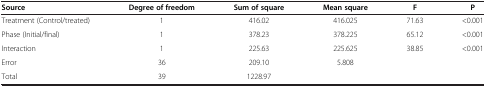
| Source | Degree of freedom | Sum of square | Mean square | F | P |
 | --- | --- | --- | --- | --- | --- |
 | Treatment (Control/treated) | 1 | 416.02 | 416.025 | 71.63 | <0.001 |
 | Phase (Initial/final) | 1 | 378.23 | 378.225 | 65.12 | <0.001 |
 | Interaction | 1 | 225.63 | 225.625 | 38.85 | <0.001 |
 | Error | 36 | 209.10 | 5.808 |  |  |
 | Total | 39 | 1228.97 |  |  |  |